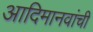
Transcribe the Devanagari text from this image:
आदिमानवांची